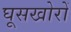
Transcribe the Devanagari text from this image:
घूसखोरों